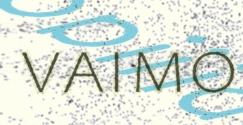
vaimo